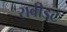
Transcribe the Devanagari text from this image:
रावीडट